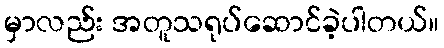
မှာလည်း အတူသရုပ်ဆောင်ခဲ့ပါတယ်။